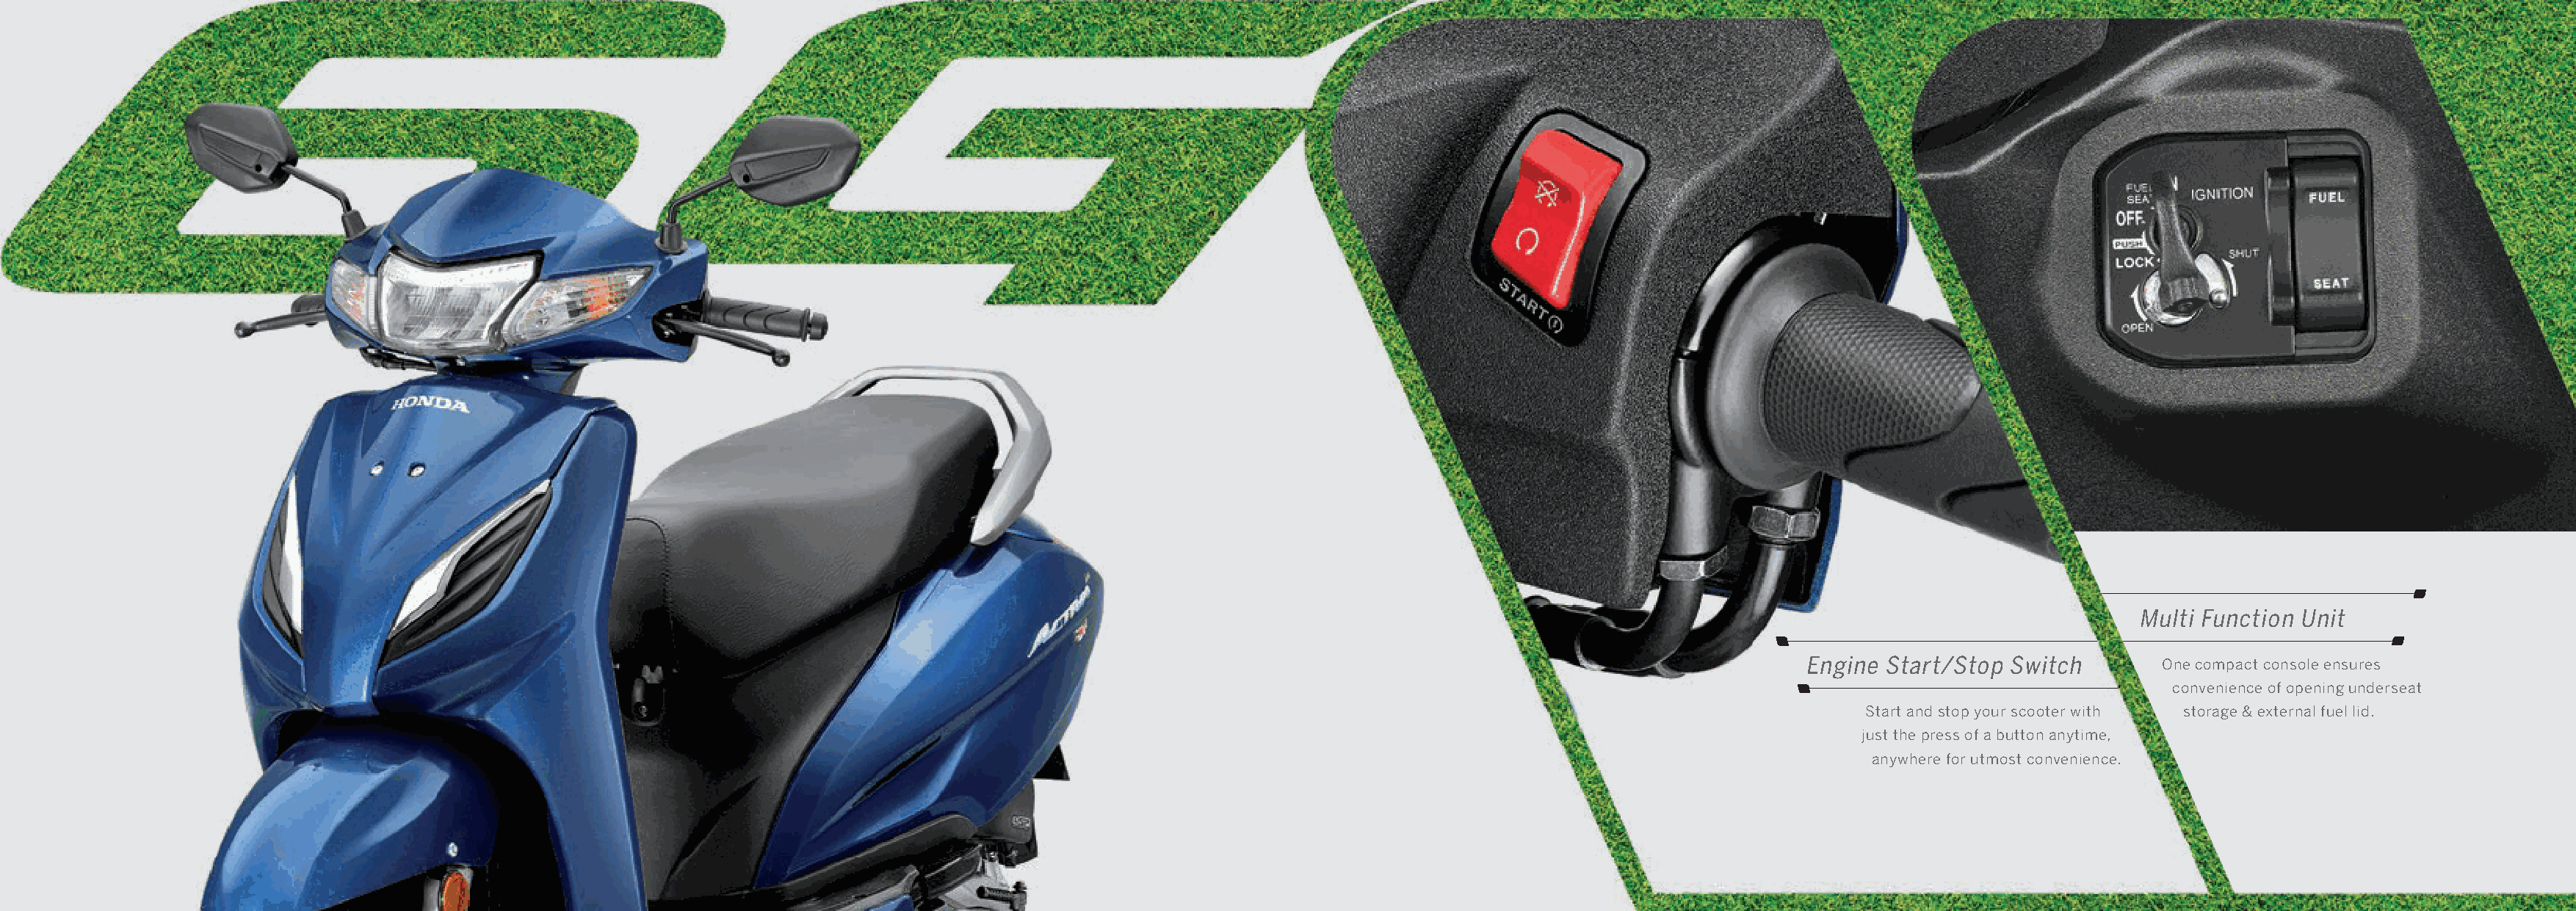
MMuullttii FFuunnccttiioonn UUnniitt
 Engine Start/Stop Switch        OOnnee ccoommppaacctt ccoonnssoollee eennssuurreess
 ccoonnvveenniieennccee ooff ooppeenniinngg uunnddeerrsseeaatt
 Start and stop your scooter with ssttoorraaggee && eexxtteerrnnaall ffuueell lliidd..
 just the press of a button anytime,
 anywhere for utmost convenience.